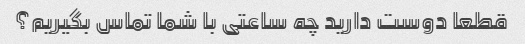
قطعا دوست دارید چه ساعتی با شما تماس بگیریم؟